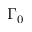
\Gamma _ { 0 }